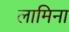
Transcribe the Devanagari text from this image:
लामिना